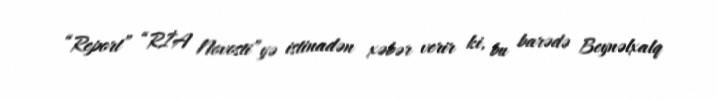
“Report” “RİA Novosti”yə istinadən xəbər verir ki, bu barədə Beynəlxalq